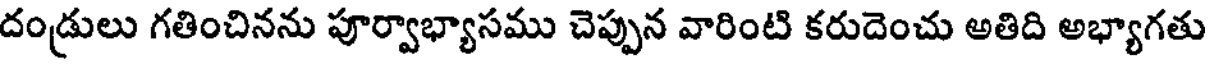
దండ్రులు గతించినను పూర్వాభ్యాసము చెప్పున వారింటి కరుదెంచు అతిది అభ్యాగతు